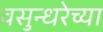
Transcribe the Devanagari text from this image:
वसुन्धरेच्या